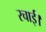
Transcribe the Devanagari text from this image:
रचाई।